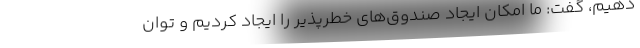
دهیم، گفت: ما امکان ایجاد صندوق‌های خطرپذیر را ایجاد کردیم و توان